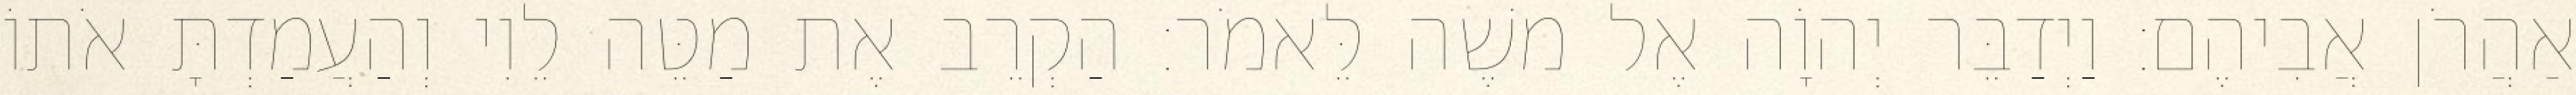
אַהֲרֹן אֲבִיהֶם׃ וַיְדַבֵּר יְהוָֹה אֶל משֶׁה לֵּאמֹר׃ הַקְרֵב אֶת מַטֵּה לֵוִי וְהַעֲמַדְתָּ אֹתוֹ